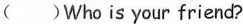
( )Who is your friend?